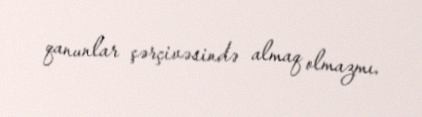
qanunlar çərçivəsində almaq olmazmı.